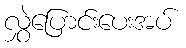
လွှဲပြောင်းပေးအပ်